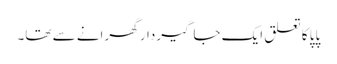
پاپا کا تعلق ایک جاگیردار گھرانے سے تھا۔